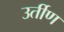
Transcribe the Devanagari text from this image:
उर्तीण